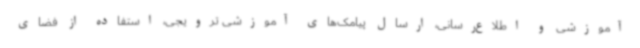
آموزشی و اطلاع‌رسانی، ارسال پیامک‌های آموزشی ترویجی، استفاده از فضای